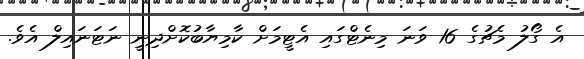
އެ ގޯލު މެޗުގެ 16 ވަނަ މިނެޓްގައި އެޓީމަށް ކާމިޔާބުކޮށްދިނީ ނަޓަނައިލް އެވެ.